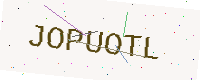
Text: JOPUOTL